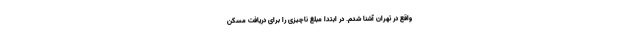
واقع در تهران آشنا شدم. در ابتدا مبلغ ناچیزی را برای دریافت مسکن